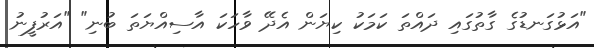
"އަޅުގަނޑުގެ ގާތުގައި ދައްތަ ކަމަކު ކިޔަން އެދޭ ވާހަކަ އާސިއްޔަތަ ބުނި" "އަރުފީނު